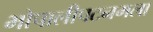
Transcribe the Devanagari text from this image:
भोपालीपटनमला